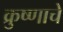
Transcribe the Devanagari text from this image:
क्रुष्णाचे